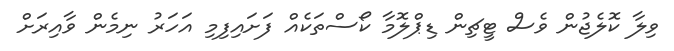
ވިލާ ކޮލެޖުން ވެސް ޓީޗިން ޑިޕްލޮމާ ކޯސްތަކެއް ފަށައިފިމި އަހަރު ނިމެން ވާއިރަށް